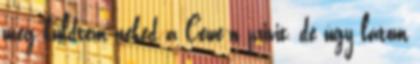
meg küldtem neked a Cewe-n privit, de úgy látom